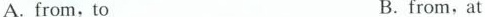
A.from,to B.from,at